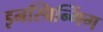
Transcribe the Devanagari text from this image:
इनस्विन्गिंग